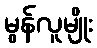
မွန်လူမျိုး